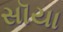
સૉયા